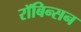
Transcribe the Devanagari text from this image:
रॉबिन्सन